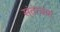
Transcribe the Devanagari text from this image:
संतत्वास